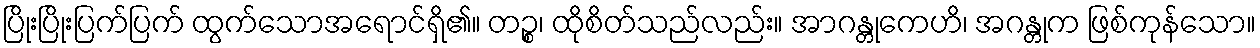
ပြိုးပြိုးပြက်ပြက် ထွက်သောအရောင်ရှိ၏။ တဉ္စ၊ ထိုစိတ်သည်လည်း။ အာဂန္တုကေဟိ၊ အဂန္တုက ဖြစ်ကုန်သော။